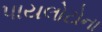
પાયલોટોના